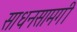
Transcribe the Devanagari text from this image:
साधनसामगी